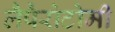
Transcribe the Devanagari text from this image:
लैपैरोटोमी